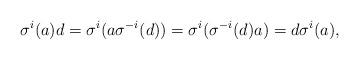
LaTeX: \begin{align*} \sigma^i(a)d =\sigma^i(a\sigma^{-i}(d)) =\sigma^i(\sigma^{-i}(d)a) =d\sigma^i(a), \end{align*}